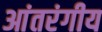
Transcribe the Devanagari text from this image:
आंतरंगीय